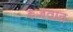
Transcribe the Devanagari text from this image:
रुजवात